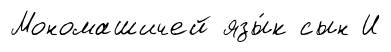
Мономашичей язы́к сын И